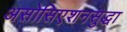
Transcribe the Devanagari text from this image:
असोसिएशनसुद्धा